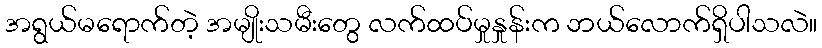
အရွယ်မရောက်တဲ့ အမျိုးသမီးတွေ လက်ထပ်မှုနှုန်းက ဘယ်လောက်ရှိပါသလဲ။